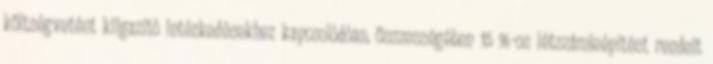
költségvetést kiigazító intézkedésekhez kapcsolódóan, összességében 15 %-os létszámleépítést rendelt